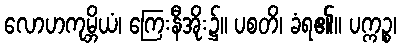
လောဟကုမ္ဘိယံ၊ ကြေးနီအိုး၌။ ပစတိ၊ ခံရ၏။ ပက္ကဉ္စ၊